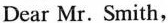
Dear Mr. Smith,